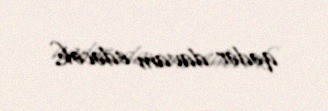
qədər davam edəcək.